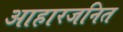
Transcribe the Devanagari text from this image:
आहारजनित